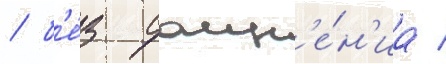
/ б'е́з сомн'е́н'иа /